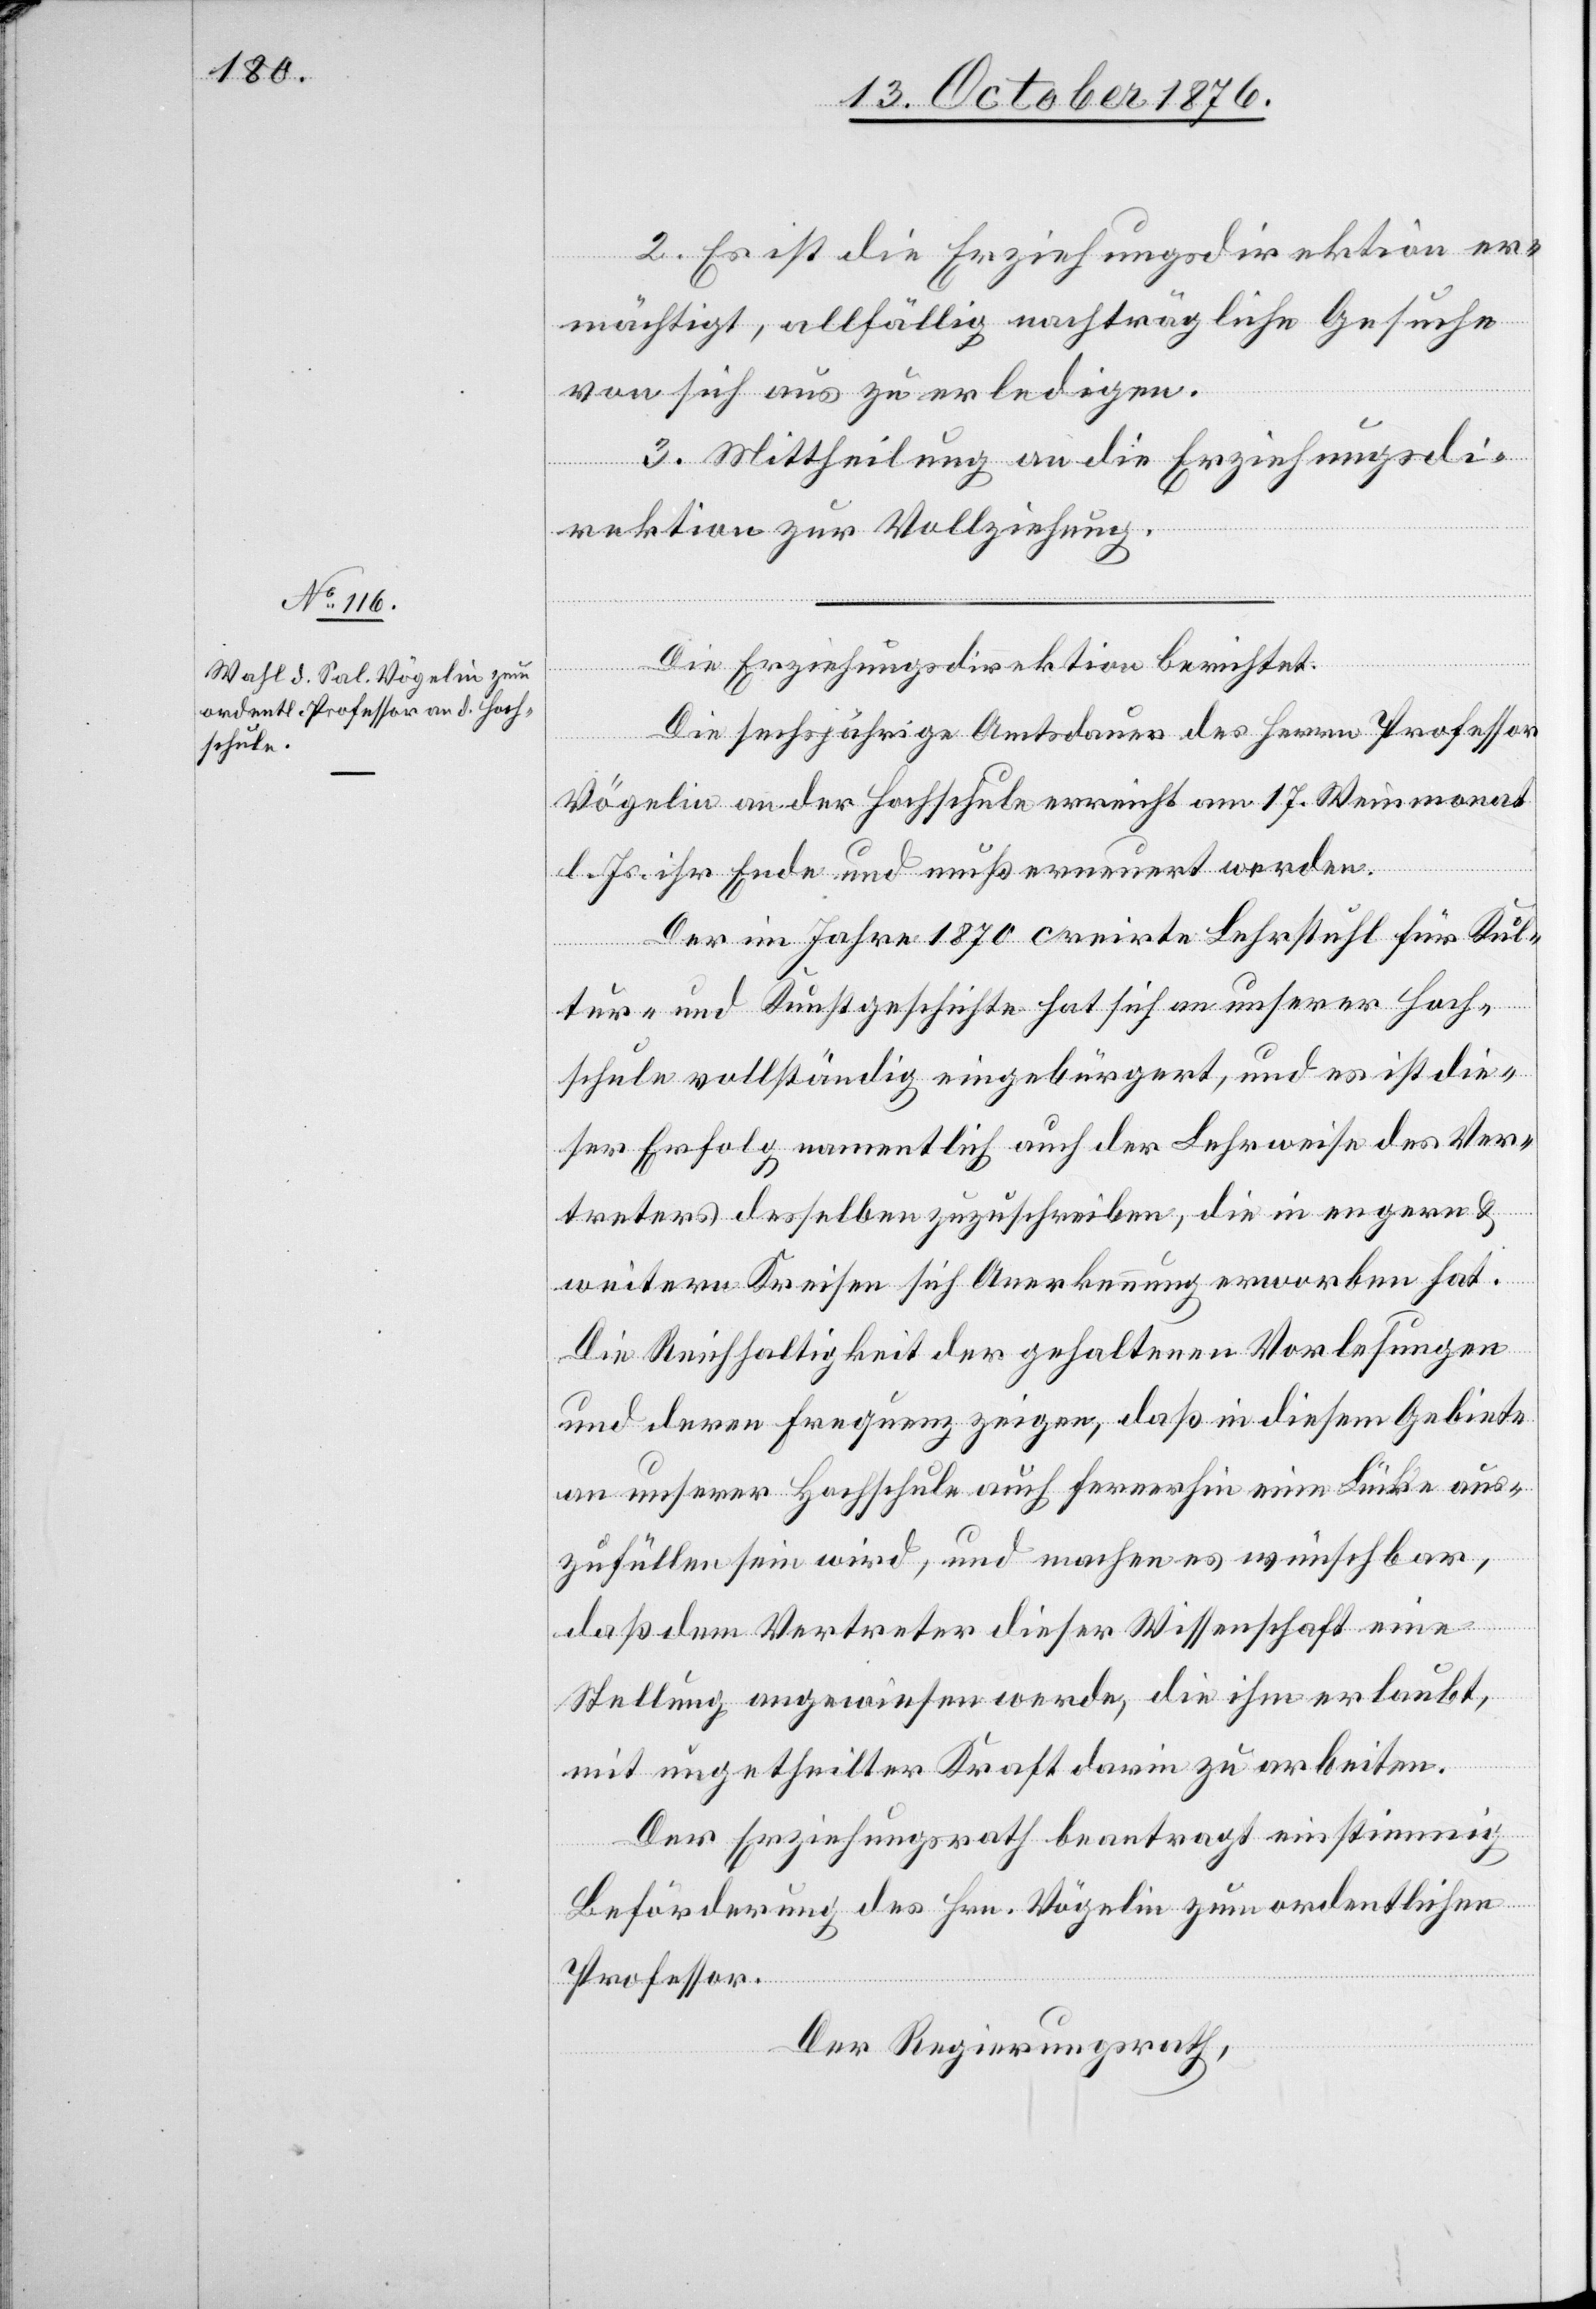
2. Es ist die Erziehungsdirektion er¬
mächtigt, allfällig nachträgliche Gesuche
von sich aus zu erledigen.
3. Mittheilung an die Erziehungsdi¬
rektion zur Vollziehung.
Die Erziehungsdirektion berichtet:
Die sechsjährige Amtsdauer des Herrn Professor
Vögelin an der Hochschule erreicht am 17. Weinmonat
l. Js. ihr Ende und muß erneuert werden.
Der im Jahre 1870 creirte Lehrstuhl für Kul¬
tur- und Kunstgeschichte hat sich an unserer Hoch¬
schule vollständig eingebürgert, und es ist die¬
ser Erfolg namentlich auch der Lehrweise des Ver¬
treters desselben zuzuschreiben, die in engern &
weitern Kreisen sich Anerkennung erworben hat.
Die Reichhaltigkeit der gehaltenen Vorlesungen
und deren Frequenz zeigen, daß in diesem Gebiete
an unserer Hochschule auch fernerhin eine Lücke aus¬
zufüllen sein wird, und machen wünschbar,
daß dem Vertreter dieser Wissenschaft eine
Stellung angewiesen werde, die ihm erlaubt,
mit ungetheilter Kraft darin zu arbeiten.
Der Erziehungsrath beantragt einstimmig
Beförderung des Hrn. Vögelin zum ordentlichen
Professor.
Der Regierungsrath,